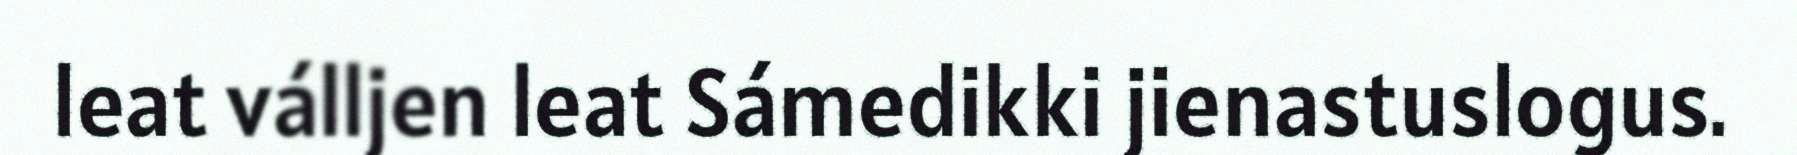
leat válljen leat Sámedikki jienastuslogus.